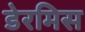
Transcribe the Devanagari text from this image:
डेरमिस